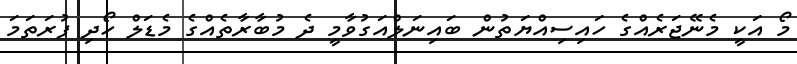
މޯ އަކީ މެނޭޖަރެއްގެ ހައިސިއްޔަތުން ބައިނަލްއަގުވާމީ ދެ މުބާރާތެއްގެ މެޑަލް ހޯދި ފުރަތަމަ